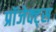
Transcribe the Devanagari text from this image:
प्रॉजेक्ट्स